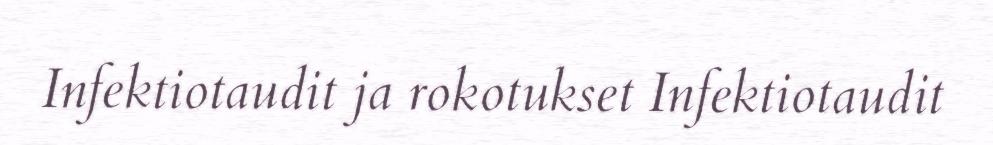
Infektiotaudit ja rokotukset Infektiotaudit